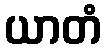
ယာတံ